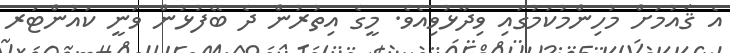
އެ ޤައުމަށް މުހިންމުކަމުގައި ވިދާޅުވިއެވެ. މީގެ އިތުރުން ދެ ބޭފުޅުން ވަނީ ކައުންޓަރ